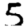
Digit: 5